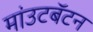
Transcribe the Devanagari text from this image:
मांउटबॅटन